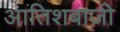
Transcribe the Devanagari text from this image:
आतिशबाज़ीे